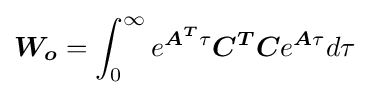
{\boldsymbol {W_{o}}}=\int _{0}^{\infty }e^{{\boldsymbol {A^{T}}}\tau }{\boldsymbol {C^{T}C}}e^{{\boldsymbol {A}}\tau }d\tau